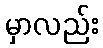
မှာလည်း